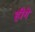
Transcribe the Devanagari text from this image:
हीगे